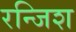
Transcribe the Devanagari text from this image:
रन्जिश